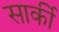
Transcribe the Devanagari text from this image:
सार्की